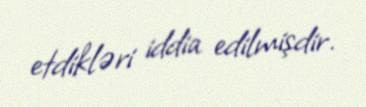
etdikləri iddia edilmişdir.